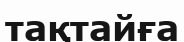
тақтайға